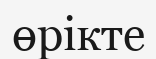
өрікте